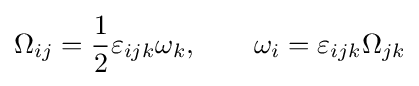
\Omega _{ij}={\frac {1}{2}}\varepsilon _{ijk}\omega _{k},\qquad \omega _{i}=\varepsilon _{ijk}\Omega _{jk}